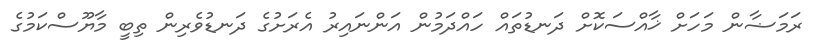
ރަމަޟާން މަހަށް ޚާއްސަކޮށް ދަނޑުތައް ހައްދަމުން އަންނައިރު އެރަށުގެ ދަނޑުވެރިން ތިބީ މާޔޫސްކަމުގެ